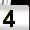
Digit: 4